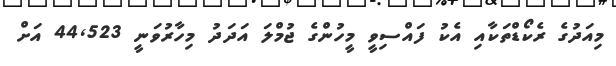
މިއަދުގެ ރެކޯޑްތަކާއި އެކު ފައްސިވީ މީހުންގެ ޖުމްލަ އަދަދު މިހާރުވަނީ 44